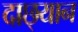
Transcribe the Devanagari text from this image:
दाछ्यान